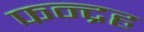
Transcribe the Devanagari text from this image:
फन्द्रह